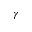
\gamma